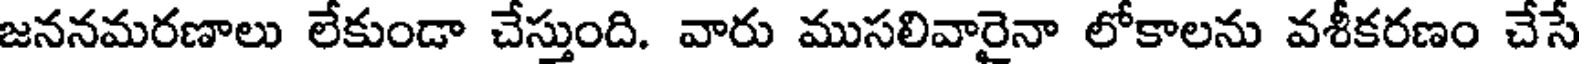
జననమరణాలు లేకుండా చేస్తుంది. వారు ముసలివారైనా లోకాలను వశీకరణం చేసే